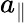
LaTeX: a_{\| }